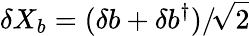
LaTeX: \delta X_{b}=(\delta b+\delta b^{\dagger})/\! \sqrt{2}